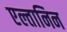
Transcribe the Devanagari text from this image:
एल्तानिन